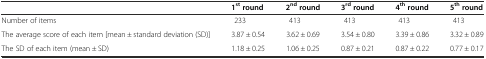
|  | 1stround | 2ndround | 3rdround | 4thround | 5thround |
 | --- | --- | --- | --- | --- | --- |
 | Number of items | 233 | 413 | 413 | 413 | 413 |
 | The average score of each item [mean ± standard deviation (SD)] | 3.87 ± 0.54 | 3.62 ± 0.69 | 3.54 ± 0.80 | 3.39 ± 0.86 | 3.32 ± 0.89 |
 | The SD of each item (mean ± SD) | 1.18 ± 0.25 | 1.06 ± 0.25 | 0.87 ± 0.21 | 0.87 ± 0.22 | 0.77 ± 0.17 |